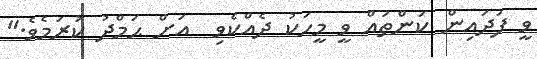
ވީ ފަދައިން ކަންތައް ވީ މީހަކު ދެއްކެވި  އަށް ޙަމްދު ކުރަމެވެ."